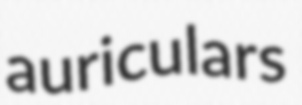
auriculars